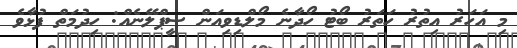
މި އަހަރު އިތުރު ހަތަރު ބޯޓު ހޯދާނެ މޯލްޑިވިއަން ސީޕްލޭނެއް: ހިދުމަތް ފުޅާވެ